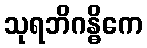
သုရဘိဂန္ဓိကေ